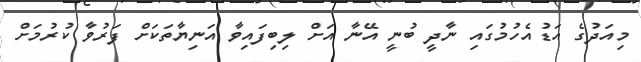
މިއަދުގެ އަޑުއެހުމުގައި ނާދީ ބުނީ އޭނާ އަށް ލިބިފައިވާ އަނިޔާތަކަށް ފަރުވާ ކުރުމަށް